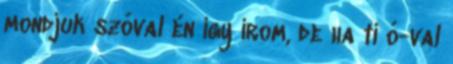
mondjuk szóval én így írom, de ha ti ó-val